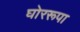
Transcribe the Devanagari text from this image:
घोररूपा